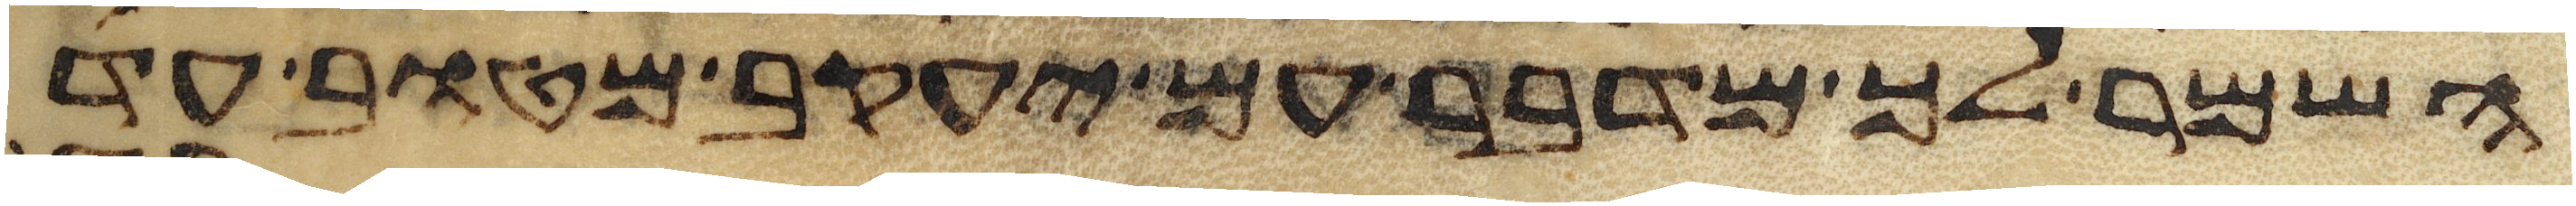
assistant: השמר לך מדבר עם יעקב מטוב עד